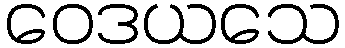
ဝေဒယသေ